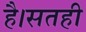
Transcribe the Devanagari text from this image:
है।सतही